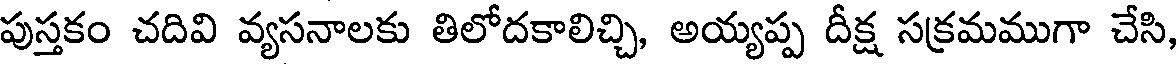
పుస్తకం చదివి వ్యసనాలకు తిలోదకాలిచ్చి, అయ్యప్ప దీక్ష సక్రమముగా చేసి,